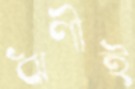
ঋণীই